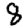
Digit: 8